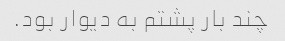
چند بار پشتم به دیوار بود.